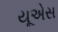
યૂએસ